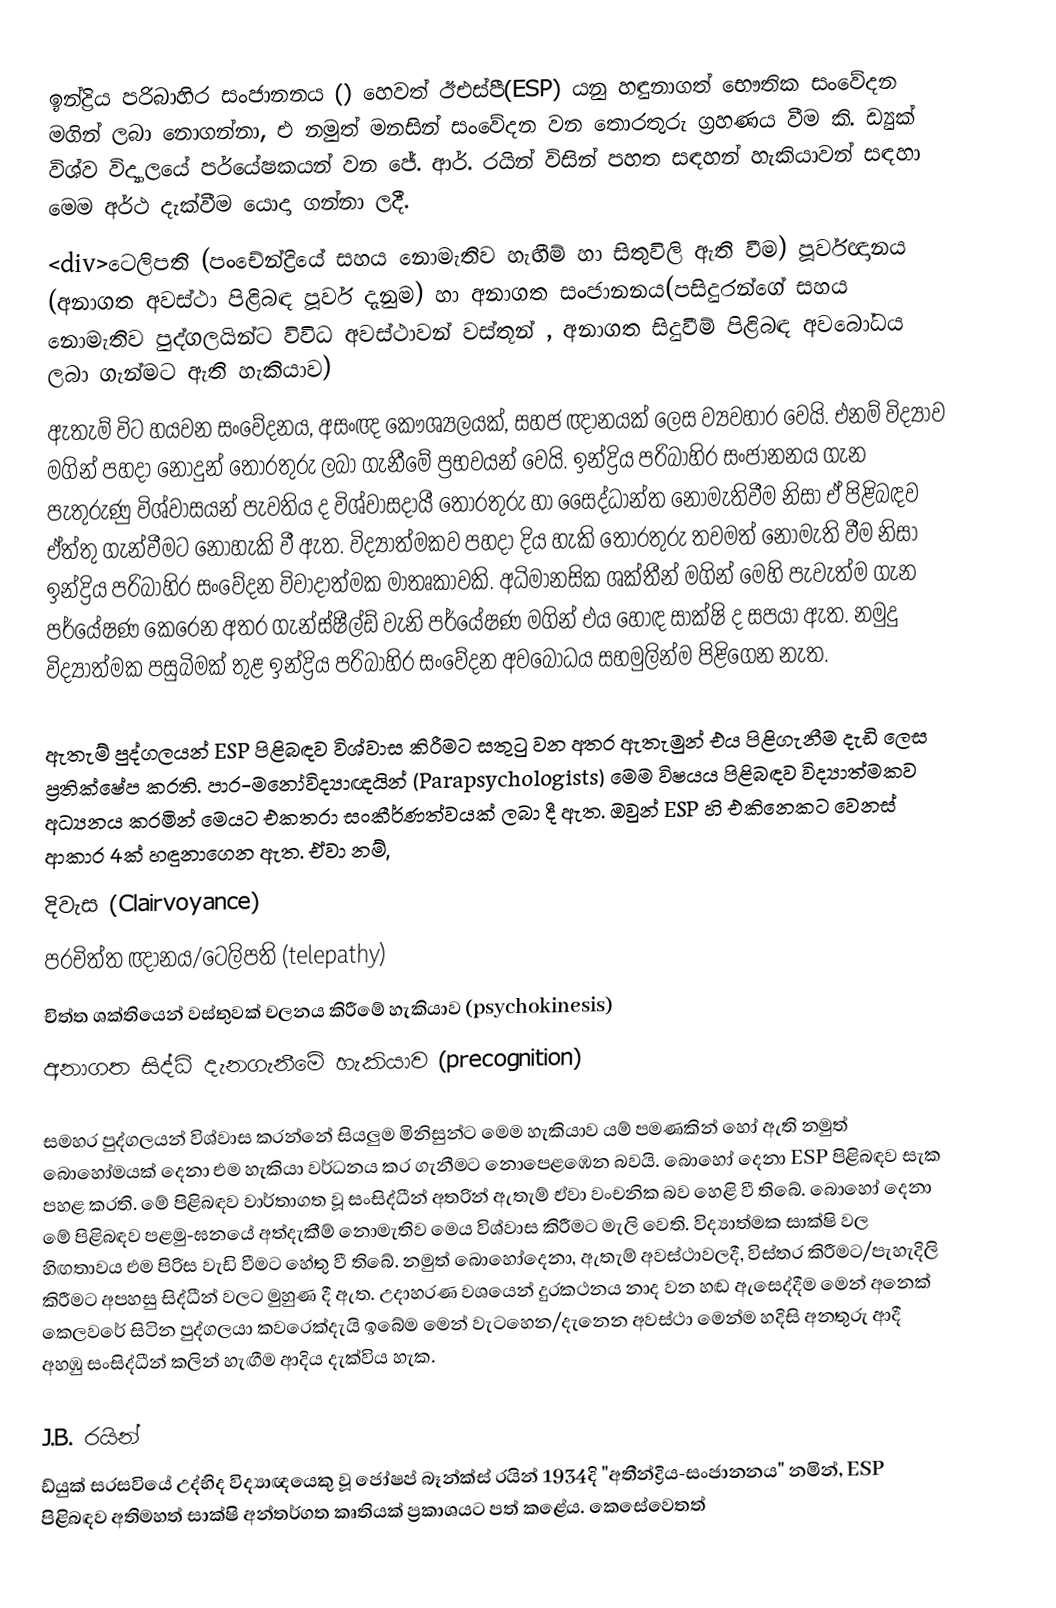
ඉන්ද්‍රිය පරිබාහිර සංජානනය () හෙවත් ඊඑස්පී(ESP)  යනු හඳුනාගත් භෞතික සංවේදන මගින් ලබා නොගන්නා, එ නමුත් මනසින් සංවේදන වන තොරතුරු ග්‍රහණය වීම කි. ඩ්‍යුක් විශ්ව විද්‍යාලයේ පර්යේෂකයන් වන ජේ. ආර්. රයින් විසින් පහත සඳහන් හැකියාවන් සඳහා මෙම අර්ථ දැක්වීම යොදා ගන්නා ලදී.
<div>ටෙලිපති (පංචේන්ද්‍රියේ සහය නොමැතිව හැඟීම් හා සිතුවිලි ඇති වීම) පූර්වඥානය (අනාගත අවස්ථා පිළිබඳ පූර්ව දැනුම) හා අනාගත සංජානනය(පසිදුරන්ගේ සහය නොමැතිව පුද්ගලයින්ට විවිධ අවස්ථාවන් වස්තූන් , අනාගත සිදුවීම් පිළිබඳ අවබෝධය ලබා ගැන්මට ඇති හැකියාව)
ඇතැම් විට හයවන සංවේදනය, අසංඥ කෞශ්‍යලයක්, සහජ ඥානයක් ලෙස ව්‍යවහාර වෙයි. එනම් විද්‍යාව මගින් පහදා නොදුන් තොරතුරු ලබා ගැනීමේ ප්‍රභවයන් වෙයි. ඉන්ද්‍රිය පරිබාහිර සංජානනය ගැන පැතුරුණු විශ්වාසයන් පැවතිය ද විශ්වාසදායී තොරතුරු හා සෛද්ධාන්ත නොමැතිවීම නිසා ඒ පිළිබඳව ඒත්තු ගැන්වීමට නොහැකි වී ඇත. විද්‍යාත්මකව පහදා දිය හැකි තොරතුරු තවමත් නොමැති වීම නිසා ඉන්ද්‍රිය පරිබාහිර සංවේදන විවාදාත්මක මාතෘකාවකි. අධිමානසික ශක්තීන් මගින් මෙහි පැවැත්ම ගැන පර්යේෂණ කෙරෙන අතර ගැන්ස්ෂීල්ඩ් වැනි පර්යේෂණ මගින් එය හොඳ සාක්ෂි ද සපයා ඇත. නමුදු විද්‍යාත්මක පසුබිමක් තුළ ඉන්ද්‍රිය පරිබාහිර සංවේදන අවබෝධය සහමුලින්ම පිළිගෙන නැත.

ඇතැම් පුද්ගලයන් ESP පිළිබඳව විශ්වාස කිරීමට සතුටු වන අතර ඇතැමුන් එය පිළිගැනීම දැඩි ලෙස ප්‍රතික්ෂේප කරති. පාර-මනෝවිද්‍යාඥයින් (Parapsychologists) මෙම විෂයය පිළිබඳව විද්‍යාත්මකව අධ්‍යනය කරමින් මෙයට එකතරා සංකීර්ණත්වයක් ලබා දී ඇත. ඔවුන් ESP හි එකිනෙකට වෙනස් ආකාර 4ක් හඳුනාගෙන ඇත. ඒවා නම්,
දිවැස (Clairvoyance)
පරචිත්ත ඥානය/ටෙලිපති (telepathy)
චිත්ත ශක්තියෙන් වස්තුවක් චලනය කිරීමේ හැකියාව (psychokinesis)
අනාගත සිද්ධි දැනගැනීමේ හැකියාව (precognition)

සමහර පුද්ගලයන් විශ්වාස කරන්නේ සියලුම මිනිසුන්ට මෙම හැකියාව යම් පමණකින් හෝ ඇති නමුත් බොහෝමයක් දෙනා එම හැකියා වර්ධනය කර ගැනීමට නොපෙළඹෙන බවයි. බොහෝ දෙනා ESP පිළිබඳව සැක පහළ කරති. මේ පිළිබඳව වාර්තාගත වූ සංසිද්ධීන් අතරින් ඇතැම් ඒවා වංචනික බව හෙළි වී තිබේ. බොහෝ දෙනා මේ පිළිබඳව පළමු-ඝනයේ අත්දැකීම් නොමැතිව මෙය විශ්වාස කිරීමට මැලි වෙති. විද්‍යාත්මක සාක්ෂි වල හිඟතාවය එම පිරිස වැඩි වීමට හේතු වී තිබේ. නමුත් බොහෝදෙනා, ඇතැම් අවස්ථාවලදී, විස්තර කිරීමට/පැහැදිලි කිරීමට අපහසු සිද්ධීන් වලට මුහුණ දී ඇත. උදාහරණ වශයෙන් දුරකථනය නාද වන හඬ ඇසෙද්දීම මෙන් අනෙක් කෙලවරේ සිටින පුද්ගලයා කවරෙක්දැයි ඉබේම මෙන් වැටහෙන/දැනෙන අවස්ථා මෙන්ම හදිසි අනතුරු ආදී අහඹු සංසිද්ධීන් කලින් හැඟීම ආදිය දැක්විය හැක.

J.B. රයින්
ඩ්යුක් සරසවියේ උද්භිද විද්‍යාඥයෙකු වූ ජෝෂප් බෑන්ක්ස් රයින් 1934දි "අතීන්ද්‍රිය-සංජානනය" නමින්, ESP පිළිබඳව අතිමහත් සාක්ෂි අන්තර්ගත කෘතියක් ප්‍රකාශයට පත් කළේය. කෙසේවෙතත්